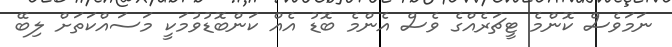
ނަމަވެސް ކޮންމެ ޓީޗަރެއްގެ ވެސް އެންމެ ބޮޑު އެއް ކަންބޮޑުވުމަކީ މަސައްކަތަށް ލިބޭ